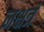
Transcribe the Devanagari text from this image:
नक्षत्रं